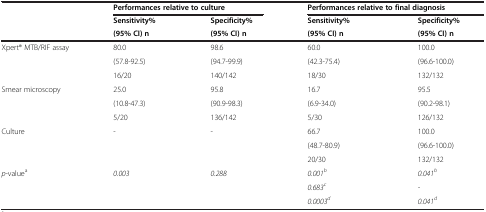
<table><thead><tr><td><b> </b></td><td colspan="2"><b>Performances relative to culture</b></td><td colspan="2"><b>Performances relative to final diagnosis</b></td></tr><tr><td><b> </b></td><td><b>Sensitivity%</b></td><td><b>Specificity%</b></td><td><b>Sensitivity%</b></td><td><b>Specificity%</b></td></tr><tr><td><b> </b></td><td><b>(95% CI) n</b></td><td><b>(95% CI) n</b></td><td><b>(95% CI) n</b></td><td><b>(95% CI) n</b></td></tr></thead><tbody><tr><td rowspan="3">Xpert® MTB/RIF assay</td><td>80.0</td><td>98.6</td><td>60.0</td><td>100.0</td></tr><tr><td>(57.8-92.5)</td><td>(94.7-99.9)</td><td>(42.3-75.4)</td><td>(96.6-100.0)</td></tr><tr><td>16/20</td><td>140/142</td><td>18/30</td><td>132/132</td></tr><tr><td rowspan="3">Smear microscopy</td><td>25.0</td><td>95.8</td><td>16.7</td><td>95.5</td></tr><tr><td>(10.8-47.3)</td><td>(90.9-98.3)</td><td>(6.9-34.0)</td><td>(90.2-98.1)</td></tr><tr><td>5/20</td><td>136/142</td><td>5/30</td><td>126/132</td></tr><tr><td rowspan="3">Culture</td><td rowspan="3">-</td><td rowspan="3">-</td><td>66.7</td><td>100.0</td></tr><tr><td>(48.7-80.9)</td><td>(96.6-100.0)</td></tr><tr><td>20/30</td><td>132/132</td></tr><tr><td rowspan="2"><i>p</i>-value<sup>a</sup></td><td rowspan="2"><i>0.003</i></td><td rowspan="2"><i>0.288</i></td><td><i>0.001</i><sup><i>b</i></sup></td><td><i>0.041</i><sup><i>b</i></sup></td></tr><tr><td><i>0.683</i><sup><i>c</i></sup></td><td><i>-</i></td></tr><tr><td> </td><td> </td><td> </td><td><i>0.0003</i><sup><i>d</i></sup></td><td><i>0.041</i><sup><i>d</i></sup></td></tr></tbody></table>